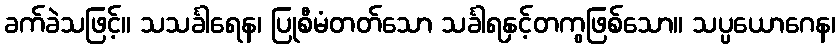
ခက်ခဲသဖြင့်။ သသင်္ခါရေန၊ ပြုစီမံတတ်သော သင်္ခါရနှင့်တကွဖြစ်သော။ သပ္ပယောဂေန၊